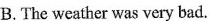
B. The weather was very bad.